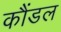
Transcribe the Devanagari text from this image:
कौंडल